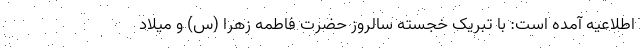
اطلاعیه آمده است: با تبریک خجسته سالروز حضرت فاطمه زهرا (س) و میلاد